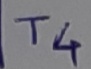
Text: T4